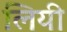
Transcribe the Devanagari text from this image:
लियी